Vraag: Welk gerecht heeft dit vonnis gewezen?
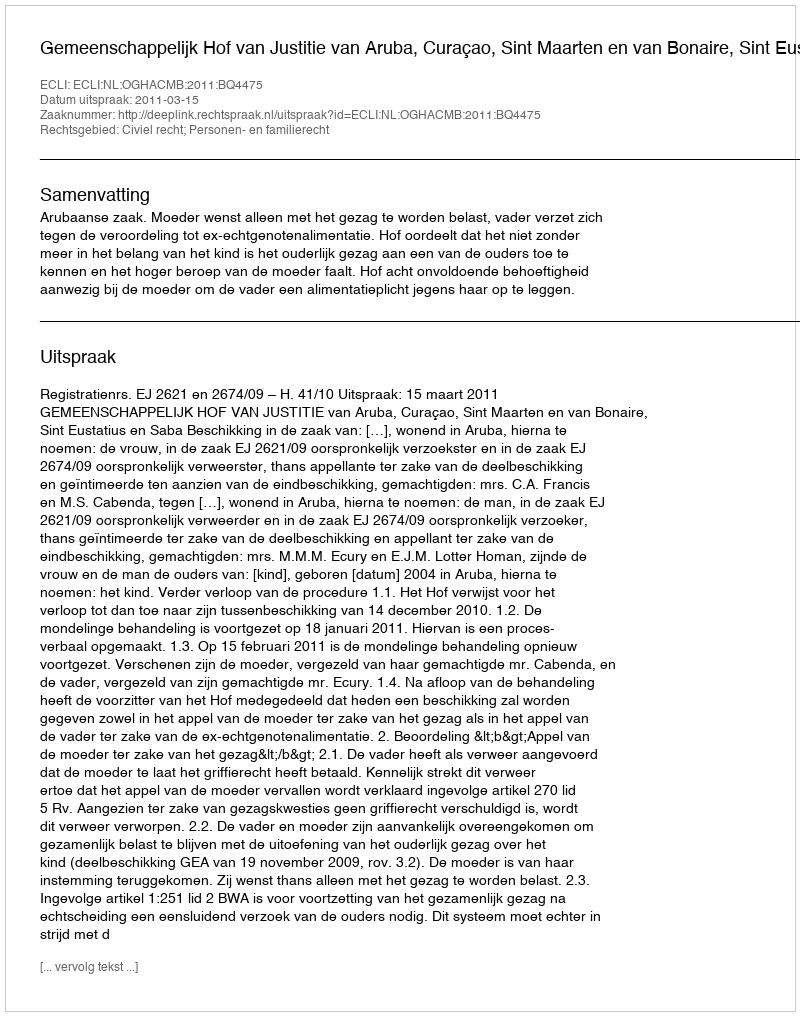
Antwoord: Gemeenschappelijk Hof van Justitie van Aruba, Curaçao, Sint Maarten en van Bonaire, Sint Eustatius en Saba